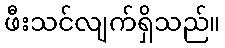
ဖီးသင်လျက်ရှိသည်။